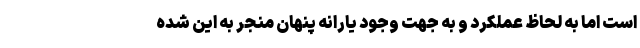
است اما به لحاظ عملکرد و به جهت وجود یارانه پنهان منجر به این شده